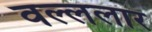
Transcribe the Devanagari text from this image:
वल्ललार